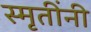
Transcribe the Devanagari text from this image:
स्मृतींनी